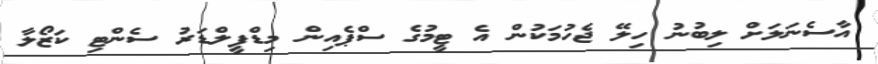
އާސެނަލަށް ލިބުނު ހިލޭ ޖެހުމަކުން އެ ޓީމުގެ ސްޕެއިން މިޑްފީލްޑަރު ސެންޓި ކަޒޯލާ